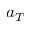
a _ { T }